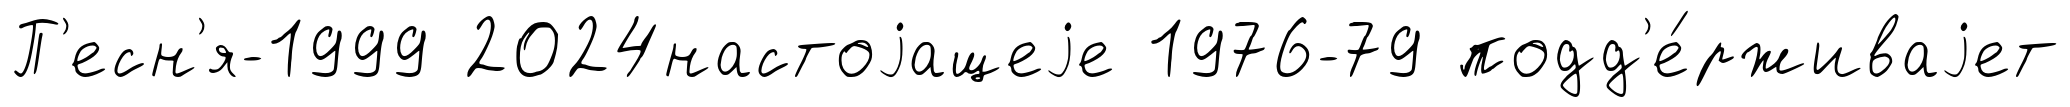
П'есн'я-1999 2024настоjащеjе 1976-79 подд'е́рживаjет